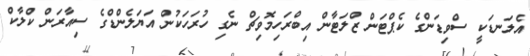
އެލަނޑަކީ ސްވިޑަންގެ ކެޕްޓަން ޒްލަޓާން އިބްރަހިމޮވިޗް ނެގި ހުރަހަަކުން އަޔަލެންޑްގެ ސިއާރަން ކްލާކް